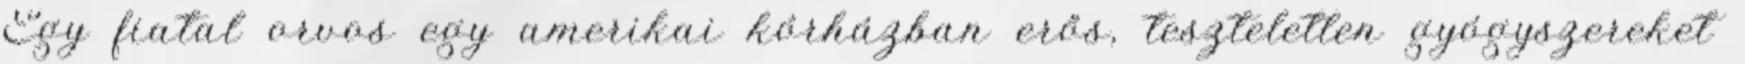
Egy fiatal orvos egy amerikai kórházban erős, teszteletlen gyógyszereket